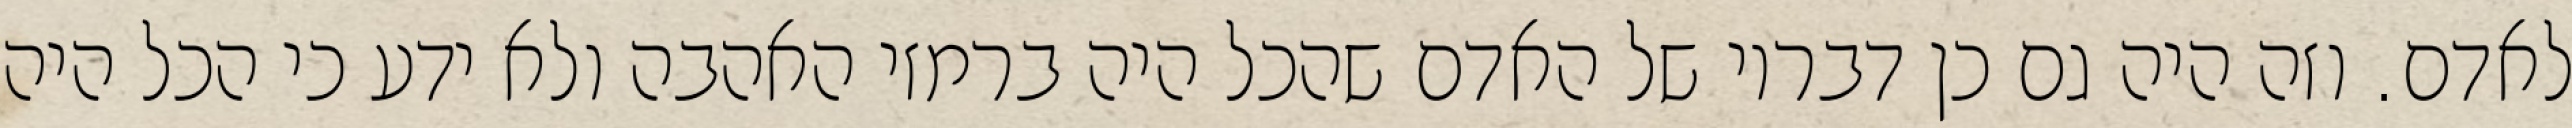
לאדם. וזה היה גם כן דבריו של האדם שהכל היה ברמזי האהבה ולא ידע כי הכל היה